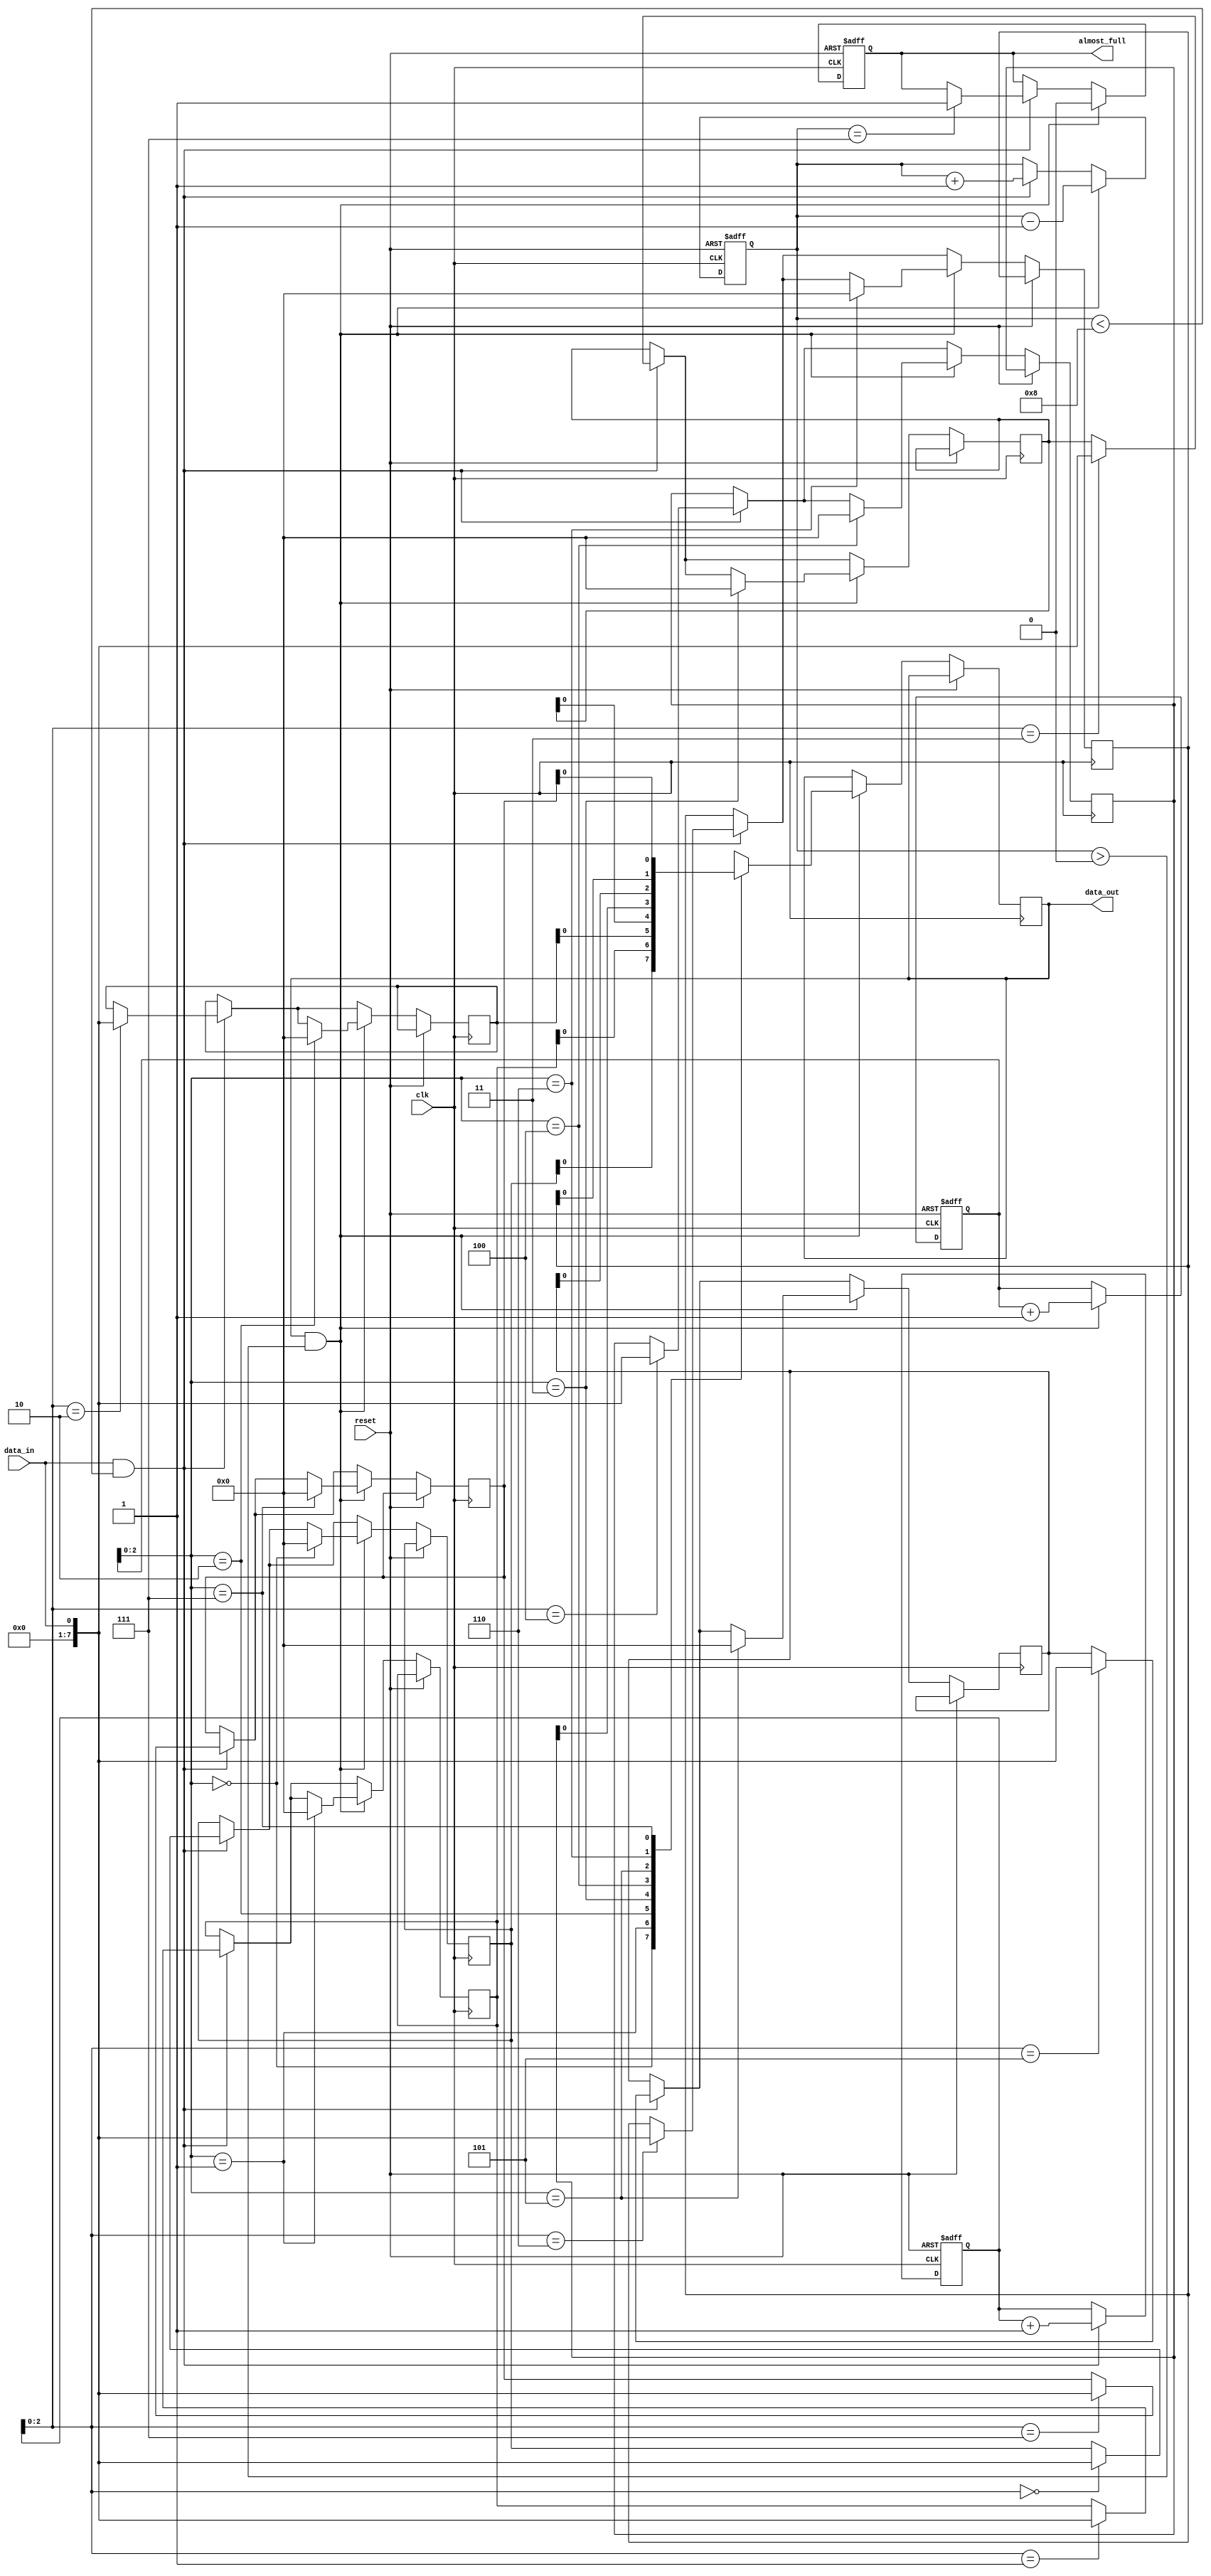
module AlmostFullFIFO (
    input wire clk,
    input wire reset,
    input wire data_in,
    output reg data_out,
    output reg almost_full
);

reg [7:0] buffer [0:7];
reg [3:0] write_pointer;
reg [3:0] read_pointer;
reg [3:0] count;

always @(posedge clk or posedge reset) begin
    if (reset) begin
        write_pointer <= 0;
        read_pointer <= 0;
        count <= 0;
        almost_full <= 0;
    end else begin
        if (data_in && count < 8) begin
            buffer[write_pointer] <= data_in;
            write_pointer <= write_pointer + 1;
            count <= count + 1;
            if (count == 7)
                almost_full <= 1;
        end
        if (data_out && count > 0) begin
            data_out <= buffer[read_pointer];
            buffer[read_pointer] <= 0;
            read_pointer <= read_pointer + 1;
            count <= count - 1;
            almost_full <= 0;
        end
    end
end

endmodule